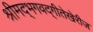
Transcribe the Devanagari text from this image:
श्रीमद्‌भगवद्‌गीतेखेरीज